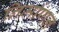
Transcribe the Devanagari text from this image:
निर्माणन